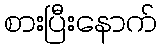
စားပြီးနောက်